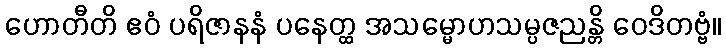
ဟောတီတိ ဧဝံ ပရိဇာနနံ ပနေတ္ထ အသမ္မောဟသမ္ပဇညန္တိ ဝေဒိတဗ္ဗံ။